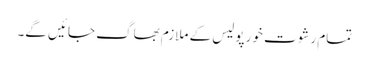
تمام رشوت خور پولیس کے ملازم بھاگ جائیں گے۔